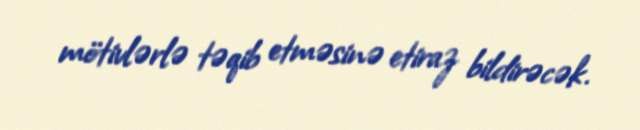
mötivlərlə təqib etməsinə etiraz bildirəcək.